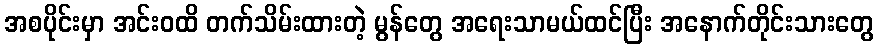
အစပိုင်းမှာ အင်းဝထိ တက်သိမ်းထားတဲ့ မွန်တွေ အရေးသာမယ်ထင်ပြီး အနောက်တိုင်းသားတွေ